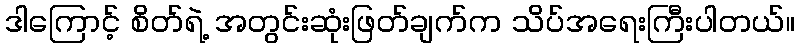
ဒါကြောင့် စိတ်ရဲ့ အတွင်းဆုံးဖြတ်ချက်က သိပ်အရေးကြီးပါတယ်။